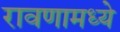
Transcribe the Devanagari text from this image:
रावणामध्ये